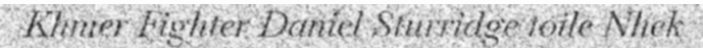
Khmer Fighter Daniel Sturridge toile Nhek